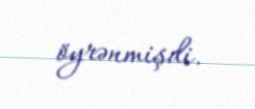
öyrənmişdi.